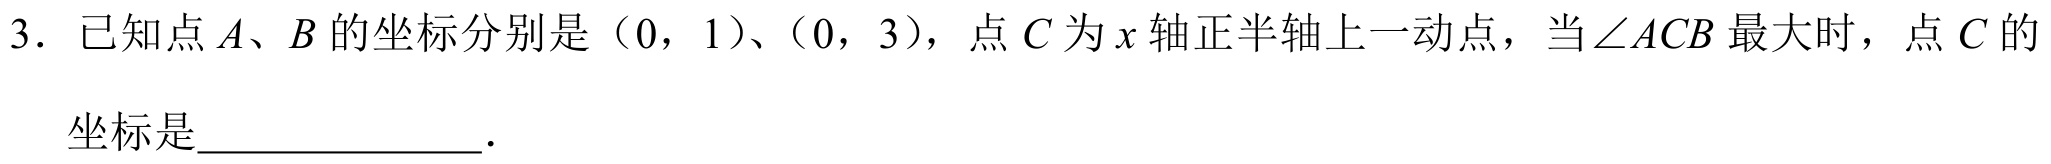
3. 已知点\(A、B\)的坐标分别是\((0,1)\)、\((0,3)\)，点\(C\)为\(x\)轴正半轴上一动点，当\(\angle ACB\)最大时，点\(C\)的
坐标是______________．